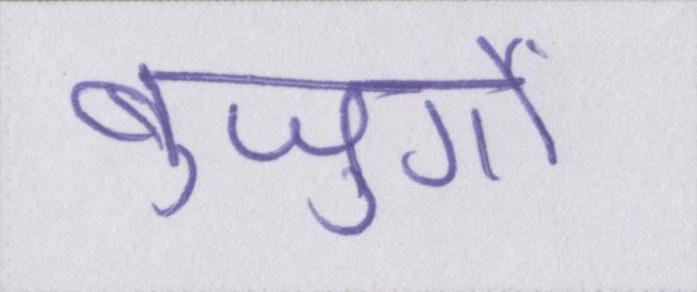
बुजुर्गों